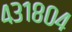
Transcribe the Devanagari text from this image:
४३१८०४